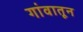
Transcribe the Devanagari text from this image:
गांवातून